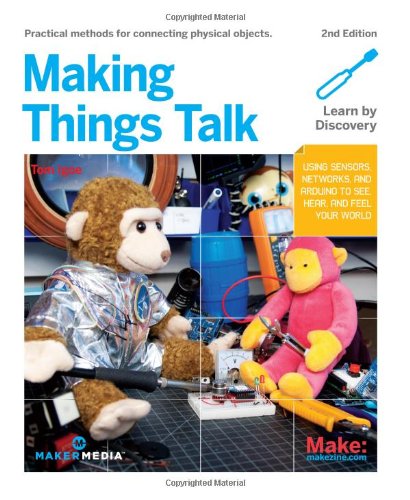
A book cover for Making Things Talk: Using Sensors, Networks, and Arduino to see, hear, and feel your world; Tom Igoe; Computers & Technology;